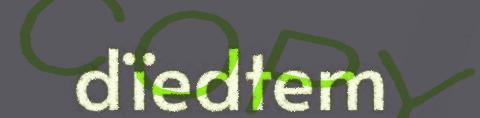
dïedtem